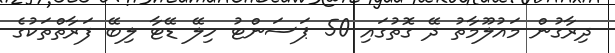
ދިރާގުން މައުލޫމާތު ދޭ ގޮތުގައި 50 ޕަސަންޓު ހިލޭ ޑޭޓާ ލިބޭ ފަރާތްތަކުގެ